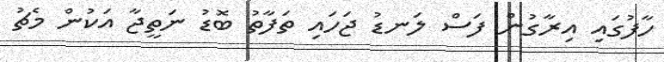
ހާފުގައި އިރާގުން ފަސް ލަނޑު ޖަހައި ތަފާތު ބޮޑު ނަތީޖާ އަކުން މެޗު